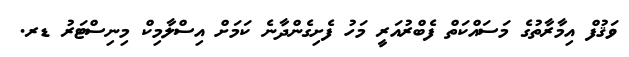
ވަޤުފް އިމާރާތުގެ މަސައްކަތް ފެބްރުއަރީ މަހު ފެށިގެންދާނެ ކަމަށް އިސްލާމިކް މިނިސްޓަރު ޑރ.